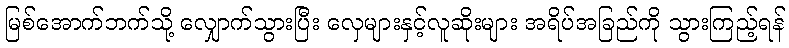
မြစ်အောက်ဘက်သို့ လျှောက်သွားပြီး လှေများနှင့်လူဆိုးများ အရိပ်အခြည်ကို သွားကြည့်ရန်